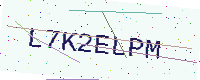
Text: L7K2ELPM